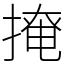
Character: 𢲅